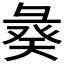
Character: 𢑣